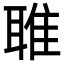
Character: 𬚟